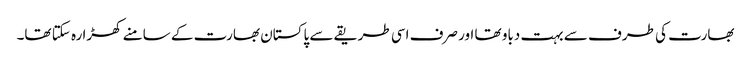
بھارت کی طرف سے بہت دباو تھا اور صرف اسی طریقے سے پاکستان بھارت کے سامنے کھڑا رہ سکتا تھا۔